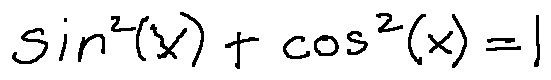
\sin ^ { 2 } ( x ) + \cos ^ { 2 } ( x ) = 1